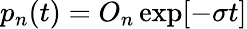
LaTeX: \begin{array}{r}{p_{n}(t)=O_{n}\exp[-\sigma t]}\end{array}